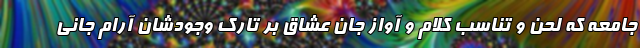
جامعه که لحن و تناسب کلام و آواز جان عشاق بر تارک وجودشان آرام جانی‌